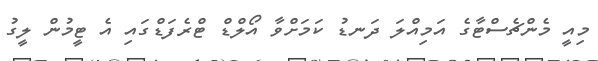
މިއީ މެންޗެސްޓާގެ އަމިއްލަ ދަނޑު ކަމަށްވާ އޯލްޑް ޓްރެފަޑްގައި އެ ޓީމުން ލީގު